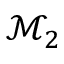
\mathcal { M } _ { 2 }